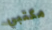
مكتبي